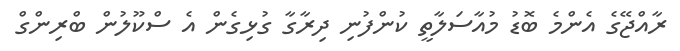
ރާއްޖޭގެ އެންމެ ބޮޑު މުއާސަލާތީ ކުންފުނި ދިރާގާ ގުޅިގެން އެ ސްކޫލުން ބްރިންގް